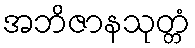
အဘိဇာနသုတ္တံ